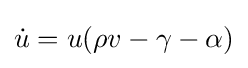
{\dot {u}}=u(\rho v-\gamma -\alpha )